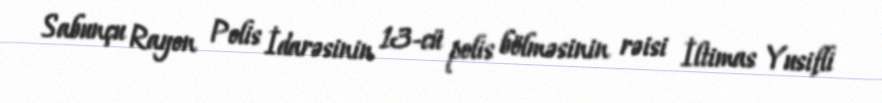
Sabunçu Rayon Polis İdarəsinin 13-cü polis bölməsinin rəisi İltimas Yusifli